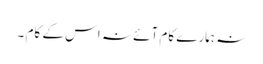
نہ ہمارے کام آئے نہ اس کے کام ۔